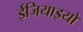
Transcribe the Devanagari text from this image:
ईजियाइयों